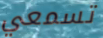
تسمعي